Scottish Leaving Certificate Examination, 1953
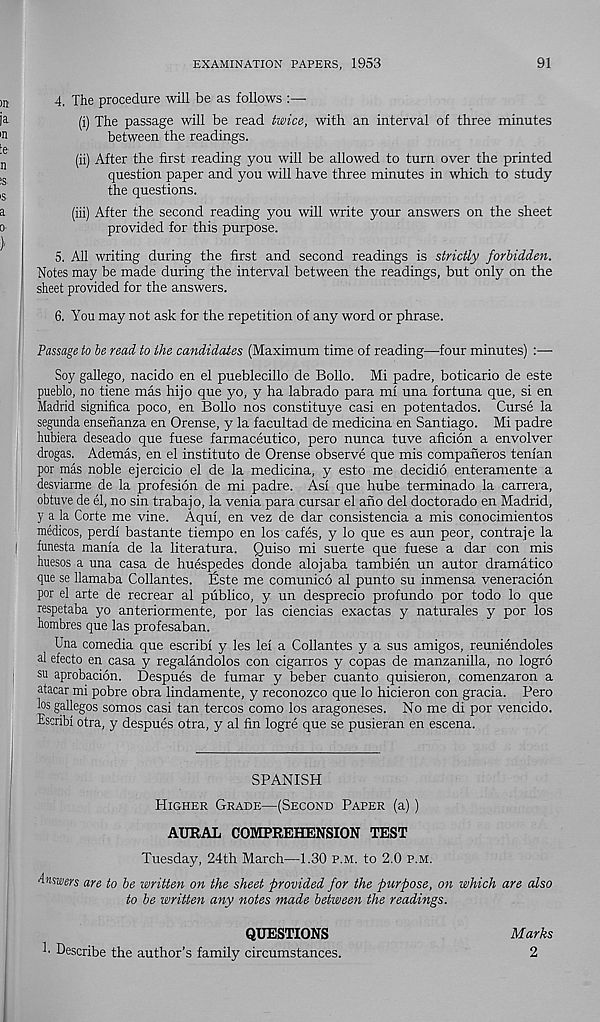
EXAMINATION PAPERS, 1953
91
4. The procedure will be as follows
(i) The passage will be read twice, with an interval of three minutes
between the readings.
(ii) After the first reading you will be allowed to turn over the printed
question paper and you will have three minutes in which to study
the questions.
(iii) After the second reading you will write your answers on the sheet
provided for this purpose.
5. All writing during the first and second readings is strictly forbidden.
Notes may be made during the interval between the readings, but only on the
sheet provided for the answers.
6. You may not ask for the repetition of any word or phrase.
Passage to be read to the candidates (Maximum time of reading—four minutes) :—
Soy gallego, nacido en el pueblecillo de Bollo. Mi padre, boticario de este
pueblo, no tiene mas hijo que yo, y ha labrado para mi una fortuna que, si en
Madrid significa poco, en Bollo nos constituye casi en potentados. Curse la
segunda ensenanza en Orense, y la facultad de medicina en Santiago. Mi padre
hubiera deseado que fuese farmaceutico, pero nunca tuve aficion a envolver
drogas. Ademas, en el institute de Orense observe que mis companeros tenian
por mas noble ejercicio el de la medicina, y esto me decidio enteramente a
desviarme de la profesion de mi padre. Asi que hube terminado la carrera,
obtuve de el, no sin trabajo, la venia para cursar el ano del doctorado en Madrid,
y a la Corte me vine. Aqui, en vez de dar consistencia a mis conocimientos
medicos, perdi bastante tiempo en los cafes, y lo que es aun peor, contraje la
funesta mania de la literatura. Quiso mi suerte que fuese a dar con mis
huesos a una casa de huespedes donde alojaba tambien un autor dramatico
que se llamaba Collantes. fiste me comunico al punto su inmensa veneracion
por el arte de recrear al publico, y un desprecio profundo por todo lo que
respetaba yo anteriormente, por las ciencias exactas y naturales y por los
hombres que las profesaban.
Una comedia que escribi y les lei a Collantes y a sus amigos, reuniendoles
al efecto en casa y regalandolos con cigarros y copas de manzanilla, no logro
su aprobacion. Despues de fumar y beber cuanto quisieron, comenzaron a
atacar mi pobre obra lindamente, y reconozco que lo hicieron con gracia. Pero
los gallegos somos casi tan tercos como los aragoneses. No me di por vencido.
Escribi otra, y despues otra, y al fin logre que se pusieran en escena.
SPANISH
Higher Grade—(Second Paper (a))
AURAL COMPREHENSION TEST
Tuesday, 24th March—1.30 p.m. to 2.0 p.m.
Answers are to be written on the sheet provided for the purpose, on which are also
to be written any notes made between the readings.
h Describe the author’s family circumstances.
QUESTIONS
Marks
2